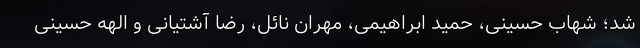
شد؛ شهاب حسینی، حمید ابراهیمی، مهران نائل، رضا آشتیانی و الهه حسینی